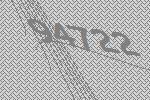
94722